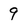
Character: 9